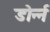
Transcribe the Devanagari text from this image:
डोर्न्न